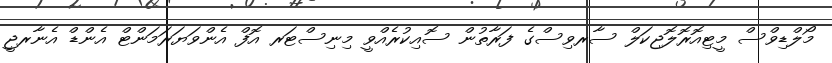
މޯލްޑިވްސް މީޓިއޮރޮލޮޖިކަލް ސާރވިސްގެ ފަރާތުން ސޮއިކުރެއްވީ މިނިސްޓަރ އޮފް އެންވަޔަރަމަންޓް އެންޑް އެނާރޖީ